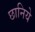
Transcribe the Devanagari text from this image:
छानिये